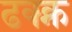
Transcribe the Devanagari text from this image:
ढक्क्न